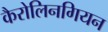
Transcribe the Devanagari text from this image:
कैरोलिनगियन